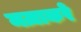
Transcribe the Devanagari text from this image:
मज़ाकरे